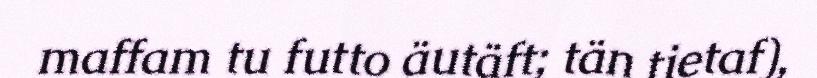
maffam tu futto äutäft; tän tietaf),